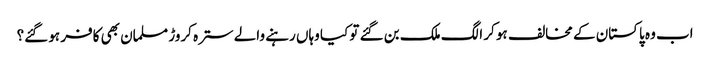
اب وہ پاکستان کے مخالف ہو کر الگ ملک بن گئے تو کیا وہاں رہنے والے سترہ کروڑ مسلمان بھی کافر ہو گئے؟